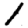
Digit: 1